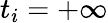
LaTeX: t_{i}=+\infty